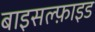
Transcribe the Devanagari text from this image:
बाइसल्फ़ाइड